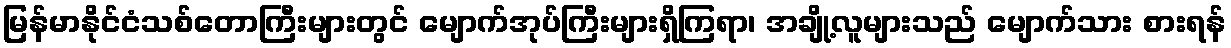
မြန်မာနိုင်ငံသစ်တောကြီးများတွင် မျောက်အုပ်ကြီးများရှိကြရာ၊ အချို့လူများသည် မျောက်သား စားရန်